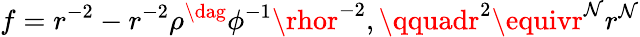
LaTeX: f=r^{-2}-r^{-2}\rho^{\dag}\phi^{-1}\rhor^{-2},\qquadr^{2}\equivr^{\mathcal{N}}r^{\mathcal{N}}